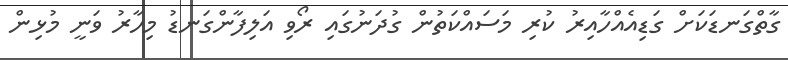
ގާތްގަނޑަކަށް ގަޑިއެއްހާއިރު ކުރި މަސައްކަތުން ގުދަނުގައި ރޯވި އަލިފާންގަނޑު މިހާރު ވަނީ މުޅިން